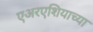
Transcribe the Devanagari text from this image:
एअरएशियाच्या